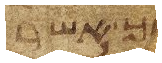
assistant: לך אשר